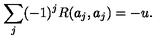
\sum _ { j } ( - 1 ) ^ { j } R ( a _ { j } , a _ { j } ) = - u .